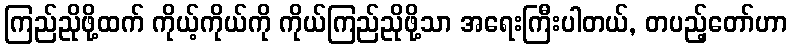
ကြည်ညိုဖို့ထက် ကိုယ့်ကိုယ်ကို ကိုယ်ကြည်ညိုဖို့သာ အရေးကြီးပါတယ်, တပည့်တော်ဟာ